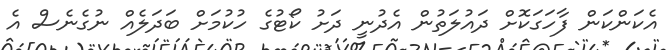
އެކަންކަން ފާހަގަކޮށް ދައުލަތުން އެދުނީ ދަށު ކޯޓުގެ ހުކުމަށް ބަދަލެއް ނުގެނެސް އެ